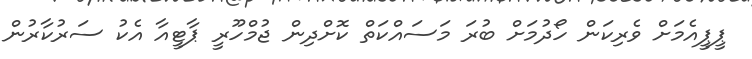
ޕީޕީއެމަށް ވެރިކަން ހޯދުމަށް ބުރަ މަސައްކަތް ކޮށްދިން ޖުމްހޫރީ ޕާޓީއާ އެކު ސަރުކާރުން